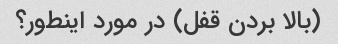
(بالا بردن قفل) در مورد اینطور؟